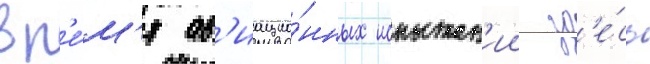
вр'е́м'я ав'иацио́нных испытан'ии зд'е́сь